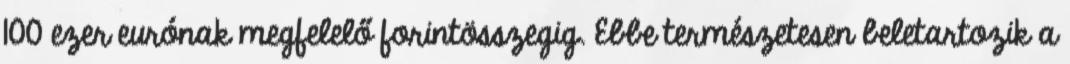
100 ezer eurónak megfelelő forintösszegig. Ebbe természetesen beletartozik a